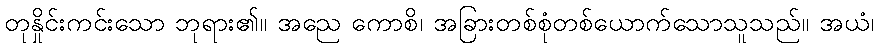
တုနှိုင်းကင်းသော ဘုရား၏။ အညေ ကောစိ၊ အခြားတစ်စုံတစ်ယောက်သောသူသည်။ အယံ၊